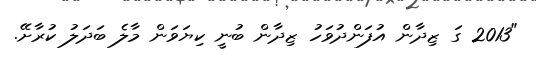
"2013 ގަ ޒިދާން އުފަންދުވަހު ޒިދާން ބުނީ ކިޔަވަން މާލެ ބަދަލު ކުރާށޭ.